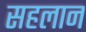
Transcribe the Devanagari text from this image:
सहलान